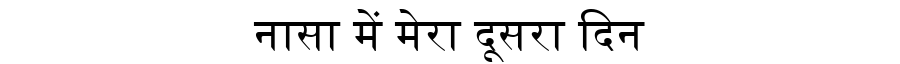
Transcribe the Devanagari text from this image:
नासा में मेरा दूसरा दिन